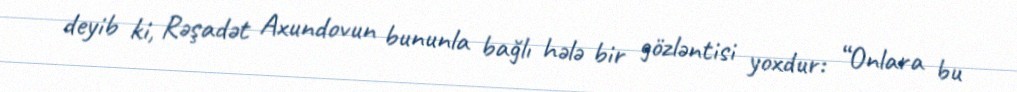
deyib ki, Rəşadət Axundovun bununla bağlı hələ bir gözləntisi yoxdur: “Onlara bu